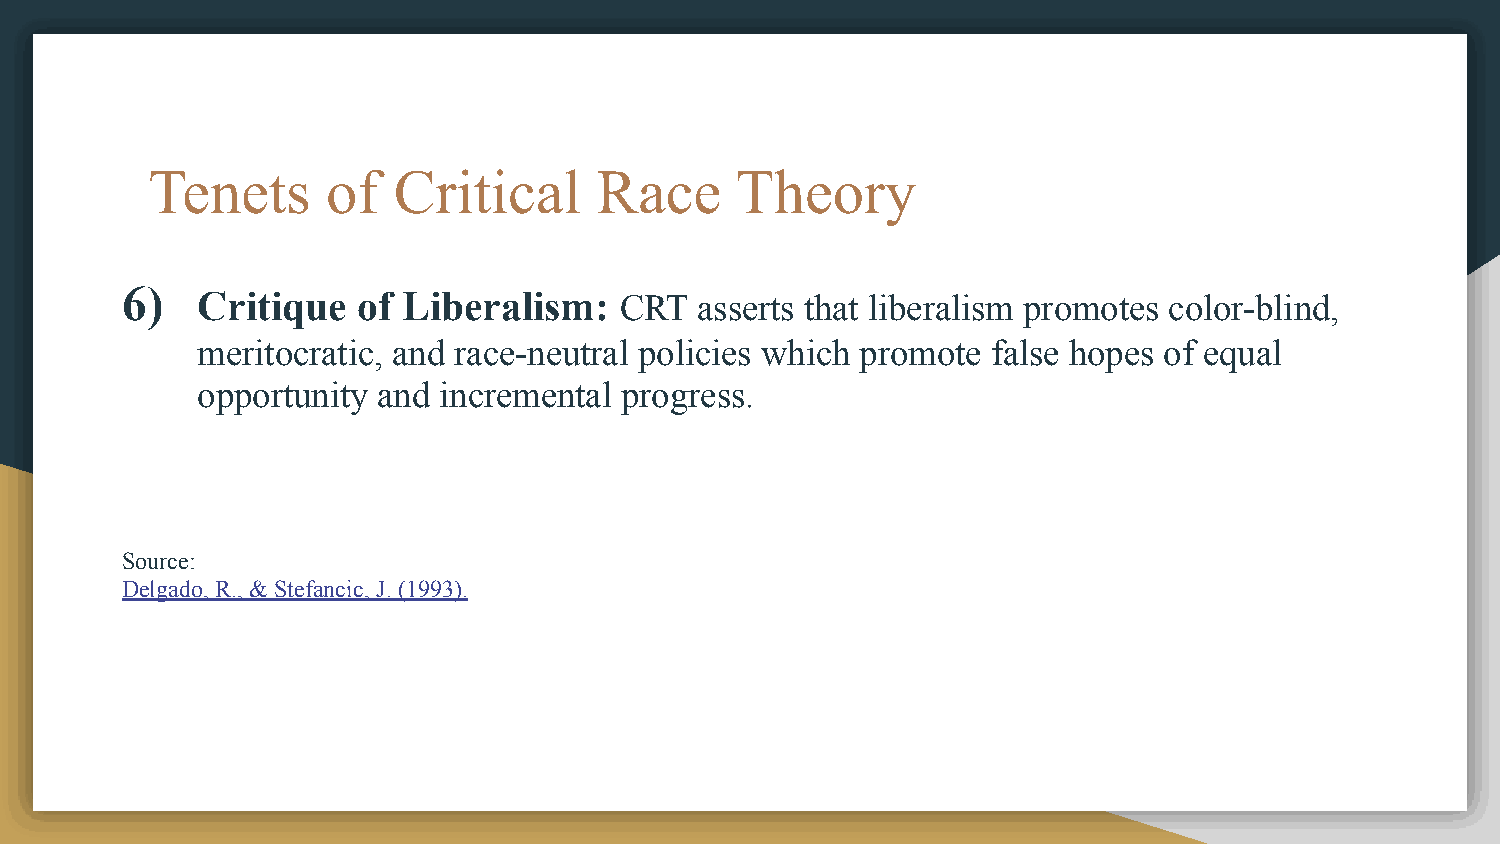
Tenets      of  Critical     Race      Theory
 6)   Critique   of Liberalism:   CRT  asserts that liberalism promotes color-blind,
 meritocratic, and race-neutral policies which promote false hopes of equal
 opportunity and incremental progress.
 Source:
 Delgado, R., & Stefancic, J. (1993).